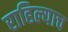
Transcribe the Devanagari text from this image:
राहिल्याच